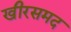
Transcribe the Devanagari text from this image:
खीरसमद